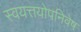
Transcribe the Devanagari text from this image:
स्वयत्तयोपनिवेष